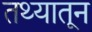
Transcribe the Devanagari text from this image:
तथ्यातून